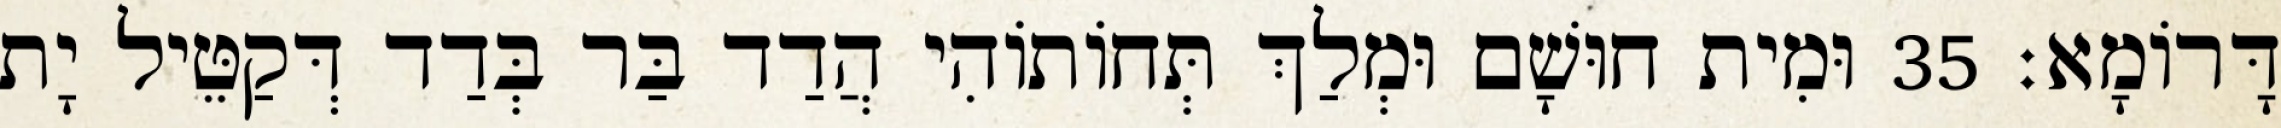
דָּרוֹמָא׃ 35 וּמִית חוּשָׁם וּמְלַךְ תְּחוֹתוֹהִי הֲדַד בַּר בְּדַד דְּקַטֵּיל יָת